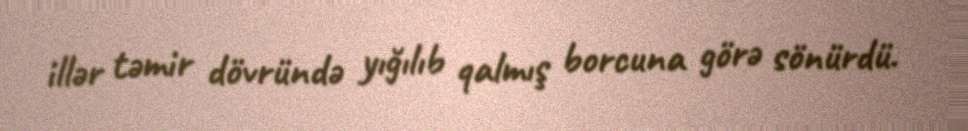
illər təmir dövründə yığılıb qalmış borcuna görə sönürdü.